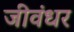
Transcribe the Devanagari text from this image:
जीवंधर